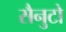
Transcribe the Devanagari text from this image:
सैनुटो